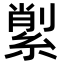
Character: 𦂗